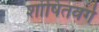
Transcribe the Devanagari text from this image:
शोषितवर्ग